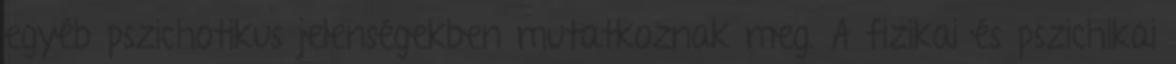
egyéb pszichotikus jelenségekben mutatkoznak meg. A fizikai és pszichikai